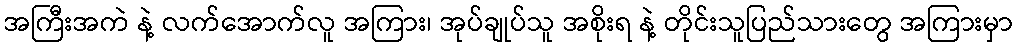
အကြီးအကဲ နဲ့ လက်အောက်လူ အကြား၊ အုပ်ချုပ်သူ အစိုးရ နဲ့ တိုင်းသူပြည်သားတွေ အကြားမှာ